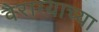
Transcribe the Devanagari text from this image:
वैराग्याच्या